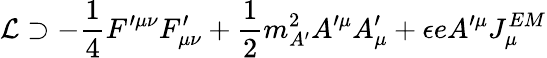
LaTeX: {\mathcal{L}}\supset-{\frac{1}{4}}F^{\prime\mu\nu}F_{\mu\nu}^{\prime}+{\frac{1}{2}}m_{A^{\prime}}^{2}A^{\prime\mu}A_{\mu}^{\prime}+\epsilon eA^{\prime\mu}J_{\mu}^{EM}